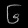
Digit: ၆